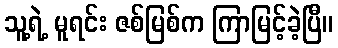
သူ့ရဲ့ မူရင်း ဇစ်မြစ်က ကြာမြင့်ခဲ့ပြီ။